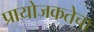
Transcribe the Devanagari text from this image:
प्रायोजकतेचा